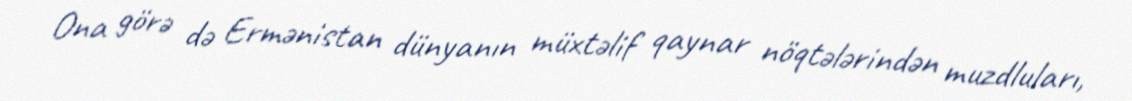
Ona görə də Ermənistan dünyanın müxtəlif qaynar nöqtələrindən muzdluları,